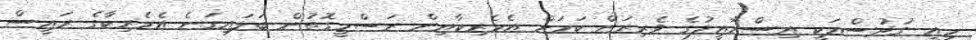
މިއީ ގުދުސްއަކީ އިސްރާއީލުގެ ވެރިރަށް ކަމަށް އެމެރިކާއިން ރަސްމީގޮތުން ބަލައިގަނެ އެމެރިކާގެ ރައީސް